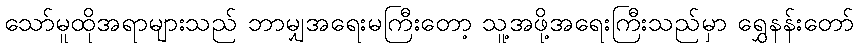
သော်မူထိုအရာများသည် ဘာမျှအရေးမကြီးတော့ သူ့အဖို့အရေးကြီးသည်မှာ ရွှေနန်းတော်